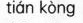
tián kòng